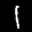
Label: 1